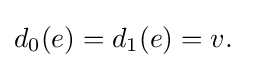
d_{0}(e)=d_{1}(e)=v.\quad